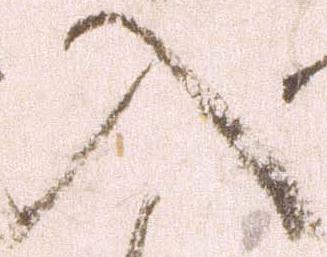
入